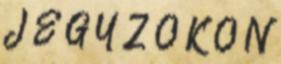
J E G Y Z Ő K Ö N